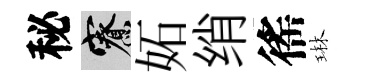
秘寮妬绡徭琳